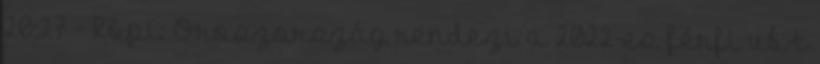
20:27 - Röpi: Oroszország rendezi a 2022-es férfi vb-t